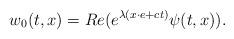
LaTeX: \begin{align*} w_{0}(t,x) = Re(e^{\lambda(x\cdot e+ct)}\psi(t,x)).\end{align*}